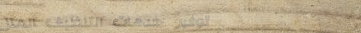
توفير خدمات التنظيف المنز